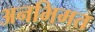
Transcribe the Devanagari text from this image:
अनभिमत